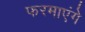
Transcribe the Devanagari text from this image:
फरमाएंगे